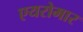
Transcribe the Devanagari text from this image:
एयरोमार